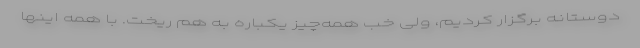
دوستانه برگزار کردیم، ولی خب همه‌چیز یکباره به هم ریخت. با همه اینها